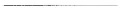
___